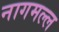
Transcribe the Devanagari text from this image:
नागमल्ल